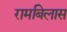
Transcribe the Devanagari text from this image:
रामबिलास